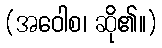
(အဝေါစ၊ ဆို၏။)